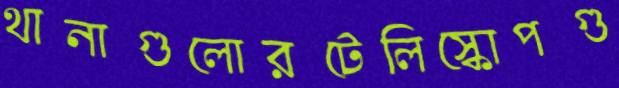
থানাগুলোরটেলিস্কোপগু